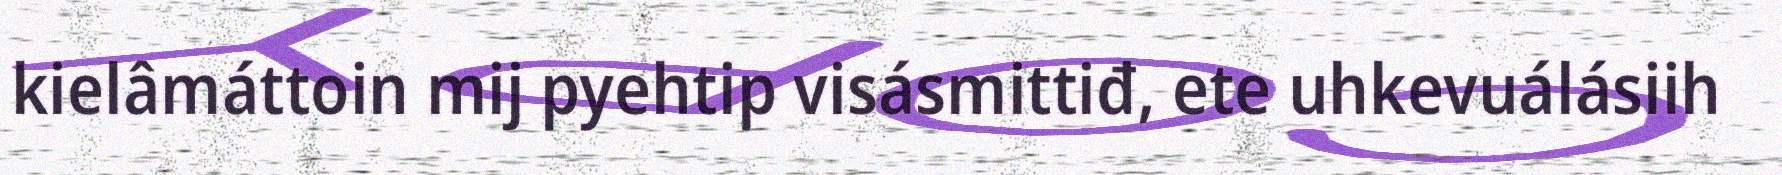
kielâmáttoin mij pyehtip visásmittiđ, ete uhkevuálásiih